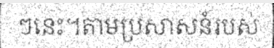
ៗនេះ។តាមប្រសាសន៍របស់